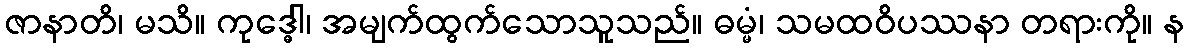
ဇာနာတိ၊ မသိ။ ကုဒ္ဓေါ၊ အမျက်ထွက်သောသူသည်။ ဓမ္မံ၊ သမထဝိပဿနာ တရားကို။ န